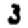
Digit: 3